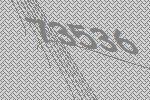
73536